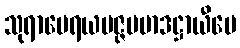
သုရာမေရယမဇ္ဇပမာဒဋ္ဌာယီပေ